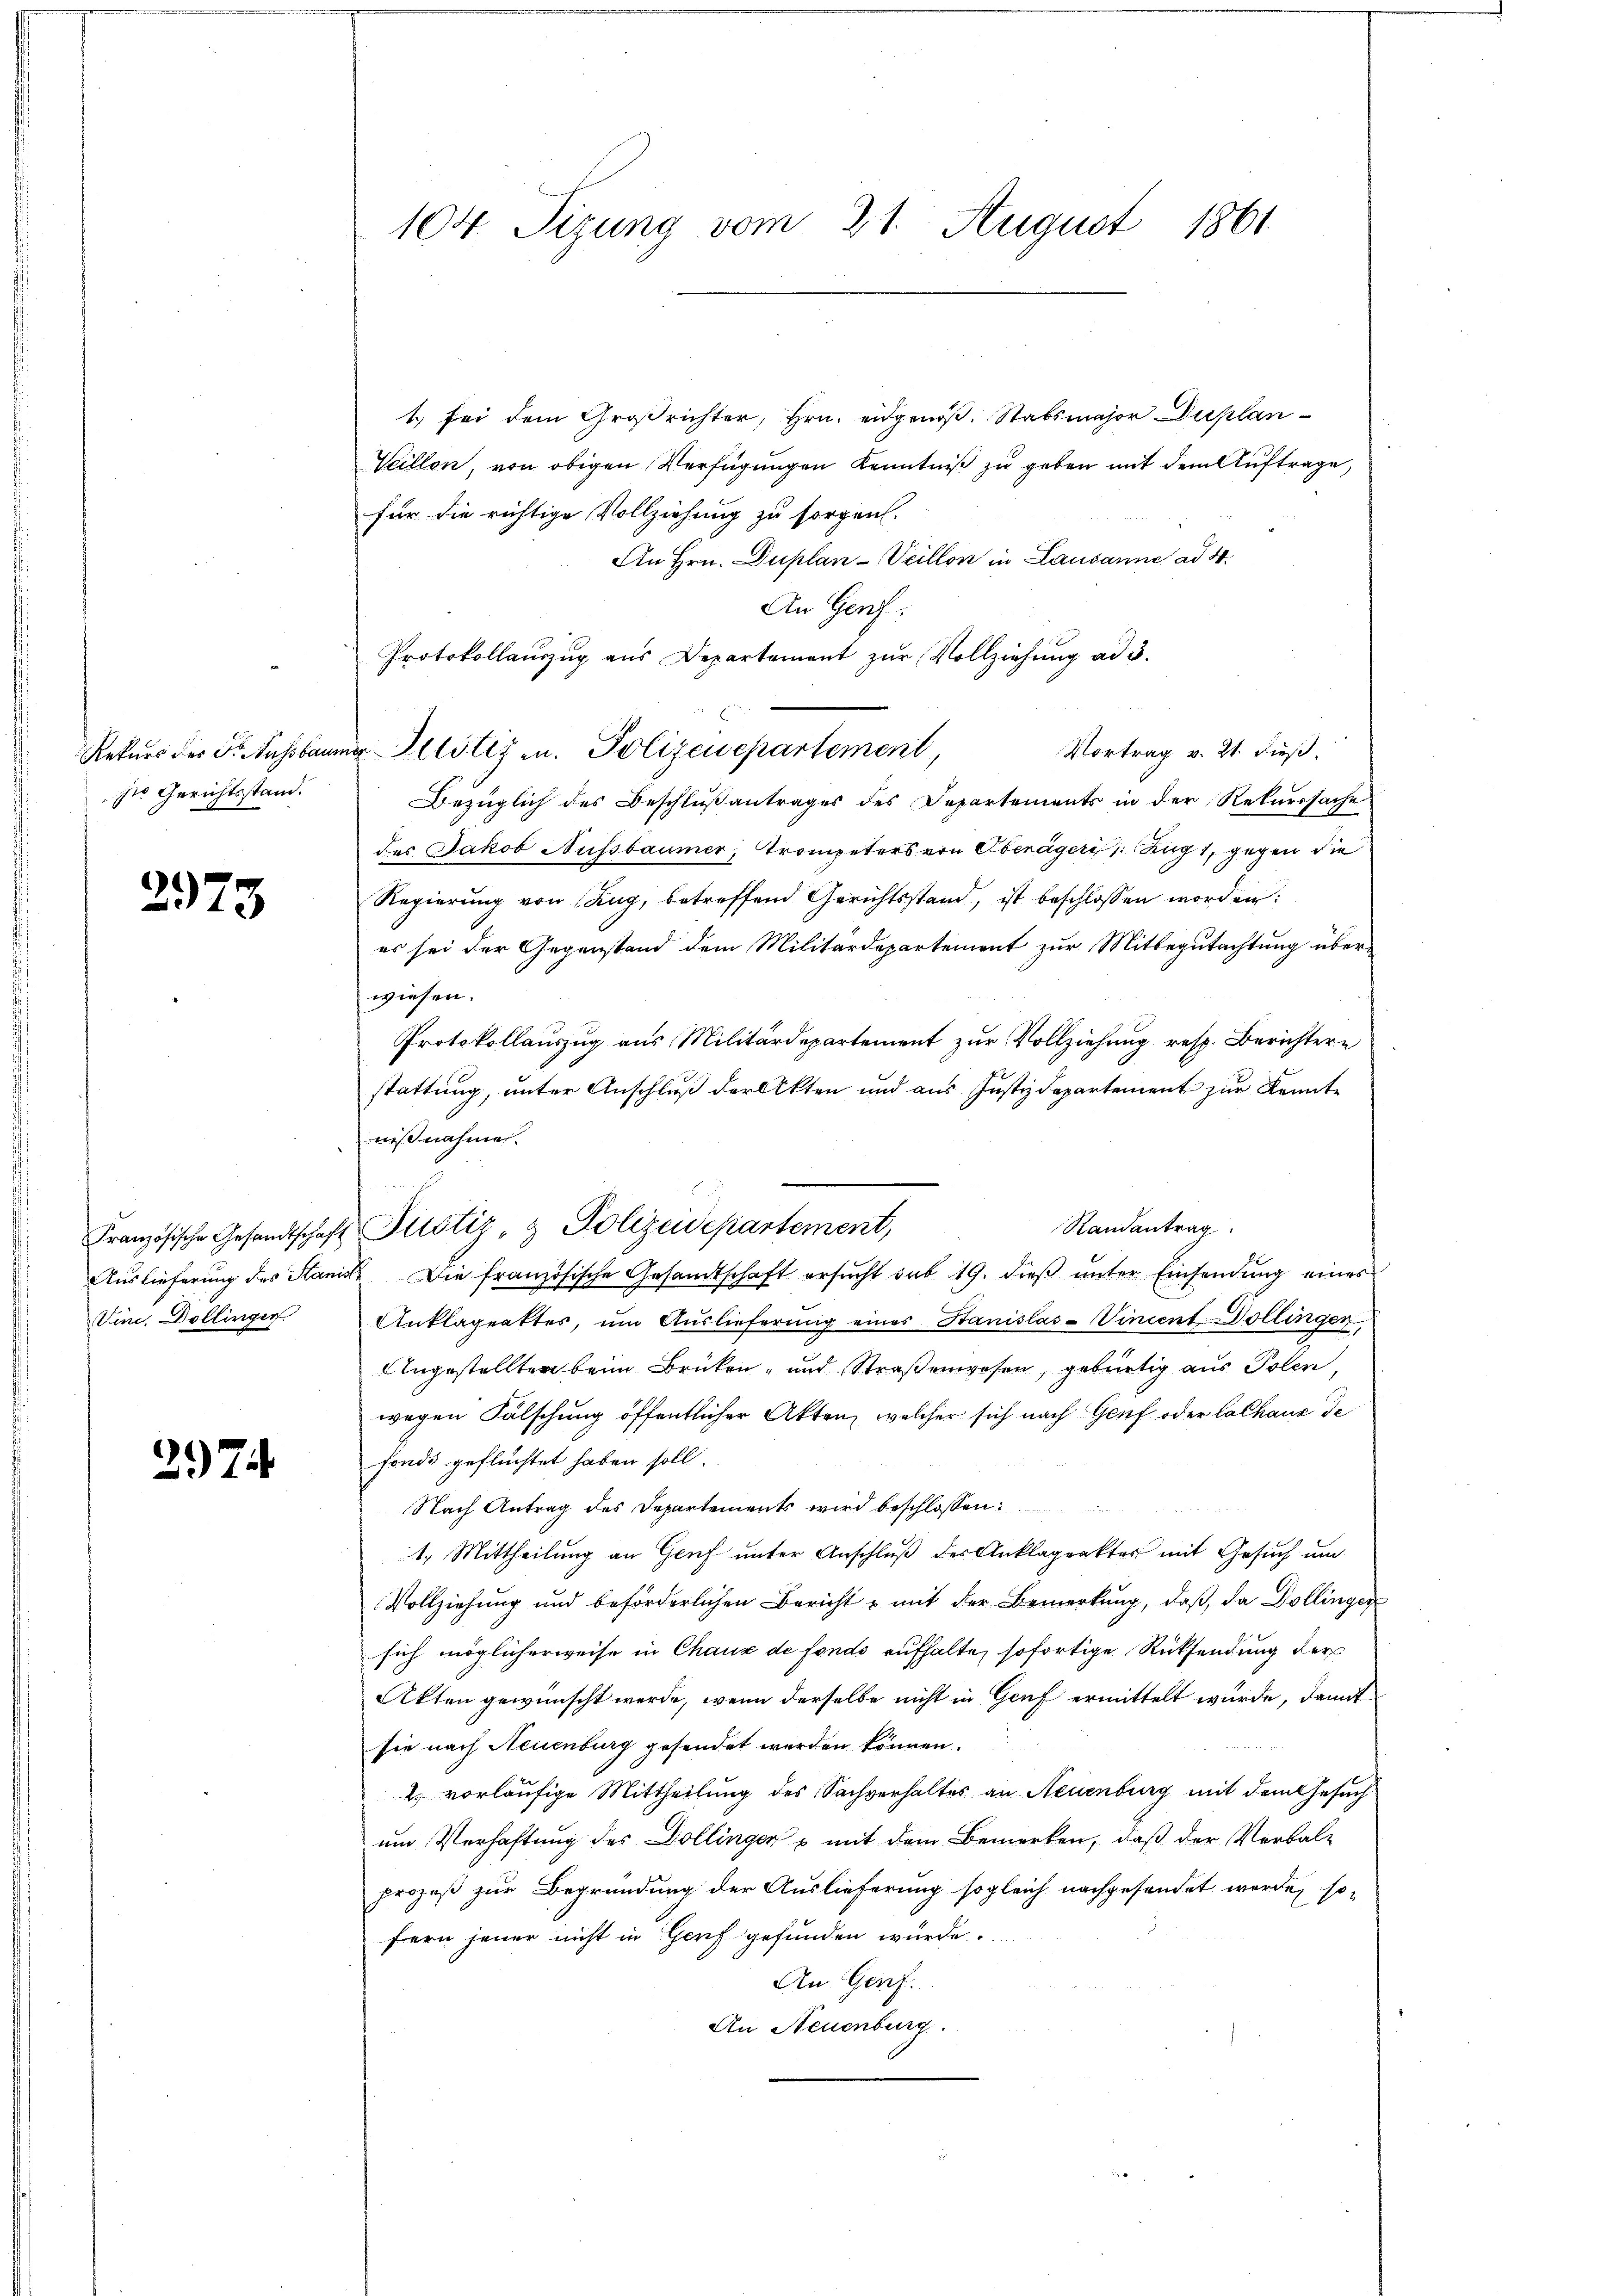
Rekurs des Dr. Aussbaus
Die Gerichtsstand.

2973

Vine, Dollinger

297

104. Sizung vom 21. August 1861

Französische Gesandtschaft Pustiz- & Polizeidepartement,

u Helstiz u. Polizeisepartement,

1) bei dem Großrichter, Hrn. eidgenoß. Stabsmajor Duplan
Veillen, von obigen Verfügungen Kenntniß zu geben mit dem Auftrage,
für die richtige Vollziehung zu sorgen.
An Hrn. Duplan -Veillon in Lausanne ad 4.
An Gerf:
Protokollauszug aus Departement zŭr Vollziehung ad 3.
Vortrag v. 21. dieß.
Bezüglich des Beschlußantrages des Departements in der Rekurssache
des Jakob Nussbaumer, Trompeters von Oberäger 1. Zug 1, gegen die
Regierung von Zug, betreffend Gerichtsstand, ist beschlossen worden:
es sei der Gegenstand dem Militärdepartement zur Mitbegutachtung überwiesen.
Protokollauszug aus Militärdepartement zur Vollziehung resp. Berichtern
stattung, unter Anschluß der Akten und aus Justizdepartement zur Kennte
nißnahmen.
Randantrag
Auslieferung des Stand Die französische Gesandtschaft ersŭcht sub 19. dieβ ŭnter Einsendŭng eines
Anklägeatter, ŭm Aŭslieferung eines Stanislas-Vincent Dollingen
Angestellten beim Brüken- und Straßenwesen, gebürtig aus Polen,
wegen Fälschung öffentlicher Akten, welcher sich nach Genf oder Cathane de
fonde geflüchtet haben soll.
Nach Antrag des Departements wird beschlossen:
1. Mittheilung an Genf unter Anschluß der Anklagenktes mit Gesuch um
Vollziehung und beförderlichen Bericht u mit der Bemerkung, daß da Dollinger
sich möglicherweise in Chaux de fonds aufhalte, sofortige Rücksendung der
Akten gewünscht werde, wenn derselbe nicht in Genf ermittelt wurde, damit
sie nach Neuenburg gesendet werden können.
2) vorläufige Mittheilung des Sachverhaltes an Neuenburg mit dem Gesuch
um Verhaftung des Dollingen & mit dem Bemerken, daß der Verbal-
prozeß zur Begründung der Auslieferung sogleich nachgesendet werde, so
fern jener nicht in Genf gefunden würde.
An Genf.
An Neuenburg.